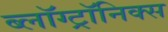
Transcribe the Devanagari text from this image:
ब्लॉग्ट्रॉनिक्स